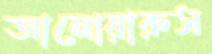
আনোয়ারুস